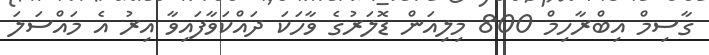
ގާސިމް އިބްރާހިމް 800 މިލިއަން ޑޮލަރުގެ ވާހަކަ ދައްކަވާފައިވާ އިރު އެ މައްސަލަ